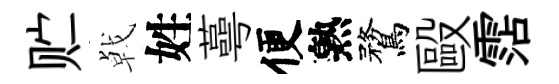
贮㦸姓蕚便熟鶩毆霑